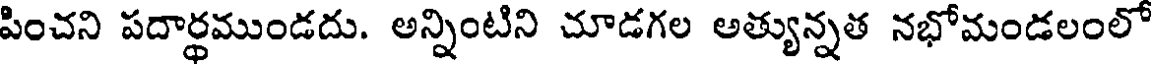
పించని పదార్ధముండదు. అన్నింటిని చూడగల అత్యున్నత నభోమండలంలో